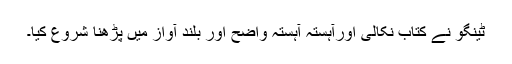
ٹینگو نے کتاب نکالی اورآہستہ آہستہ واضح اور بلند آواز میں پڑھنا شروع کیا۔